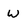
Character: W